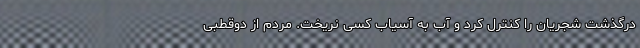
درگذشت شجریان را کنترل کرد و آب به آسیاب کسی نریخت. مردم از دوقطبی